Sketch of the medical history of the native army of Bombay, for the year
Year: 1872
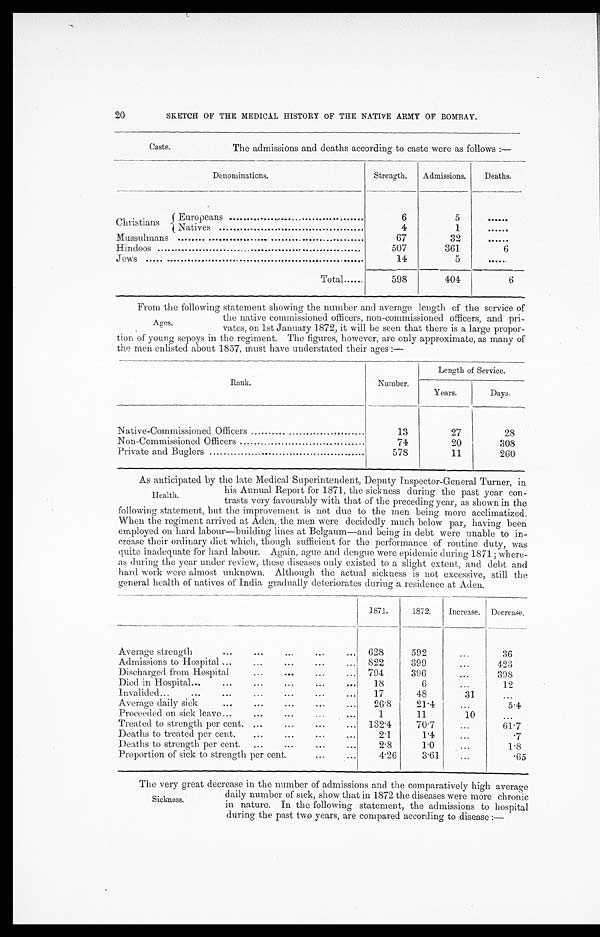
20
SKETCH OF THE MEDICAL HISTORY OF THE NATIVE ARMY OF BOMBAY.
The admissions and deaths according to caste were as follows :—
Denominations.
Strength.
Admissions.
Deaths.
Christians
Europeans . . .
6
5
. . .
4
1
. . .
Natives . . .
Mussulmans . . .
67
32
. . .
Hindoos . . .
507
361
6
Jews . . .
14
5
. . .
Total . . .
598
404
6
From the following statement showing the number and average length of the service of
the native commissioned officers, non-commissioned officers, and pri
-
vates, on 1st January 1872, it will be seen that there is a large propor-
- t i o n o f y o u n g s e p o y s i n t h e r e g i m e n t . T h e f i g u r e s , h o w e v e r , a r e o n l y a p p r o x i m a t e , a s m a n y o f
the men enlisted about 1857, must have understated their ages :—
Rank.
Number.
Length of Service.
Years.
Days.
Native-Commissioned Officers . . .
13
27
28
Non-Commissioned Officers . . .
74
20
308
Private and Buglers . . .
578
11
260
As anticipated by the late Medical Superintendent, Deputy Inspector-General Turner, in
his Annual Report for 1871, the sickness during the past year con
-trasts very favourably with that of the preceding year, as shown in the
following statement, but the improvement is not due to the men being more acclimatized.
When the regiment arrived at Aden, the men were decidedly much below par, having been
employed on hard labour—building lines at Belgaum—and being in debt were unable to in-
crease their ordinary diet which, though sufficient for the performance of routine duty, was
quite inadequate for hard labour. Again, ague and dengue were epidemic during 1871 ; where--
as during the year under review, these diseases only existed to a slight extent, and debt and
hard work were almost unknown. Although the actual sickness is not excessive, still the
general health of natives of India gradually deteriorates during a residence at Aden.
1871.
1872.
Increase.
Decrease.
Average strength . . .
628
592
. . .
36
Admissions to Hospital . . .
822
399
. . .
423
Discharged from Hospital . . .
794
396
. . .
398
Died in Hospital . . .
18
6
. . .
12
Invalided . . .
17
48
31
. . .
Average daily sick . . .
26.8
21.4
. . .
5.4
Proceeded on sick leave . . .
1
11
10
. . .
Treated to strength per cent. . . .
132.4
70.7
. . .
61.7
Deaths to treated per cent. . . .
2.1
1.4
. . .
.7
Deaths to strength per cent. . . .
2.8
1 . 0
. . .
1.8
Proportion of sick to strength per cent. . . .
4.26
3.61
. . .
. 6 5
Caste.
Ages.
Health.
Sickness.
The very great decrease in the number of admissions and the comparatively high average
daily number of sick, show that in 1872 the diseases were more chronic
in nature. In the following statement, the admissions to hospital
during the past two years, are compared according to disease :—